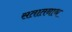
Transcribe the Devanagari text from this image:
सतातनाथ